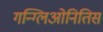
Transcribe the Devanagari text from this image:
गन्ग्लिओनितिस